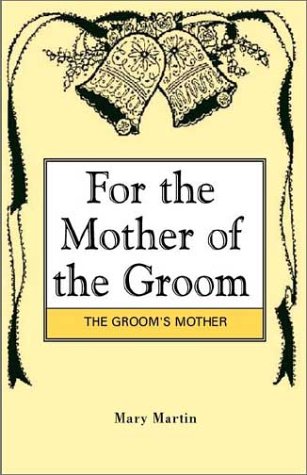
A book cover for For the Mother of the Groom; Mary Martin; Parenting & Relationships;